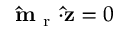
\mathbf { \hat { m } } _ { \mathrm { ~ r ~ } } \mathbf { \cdot } \mathbf { \hat { z } } = 0